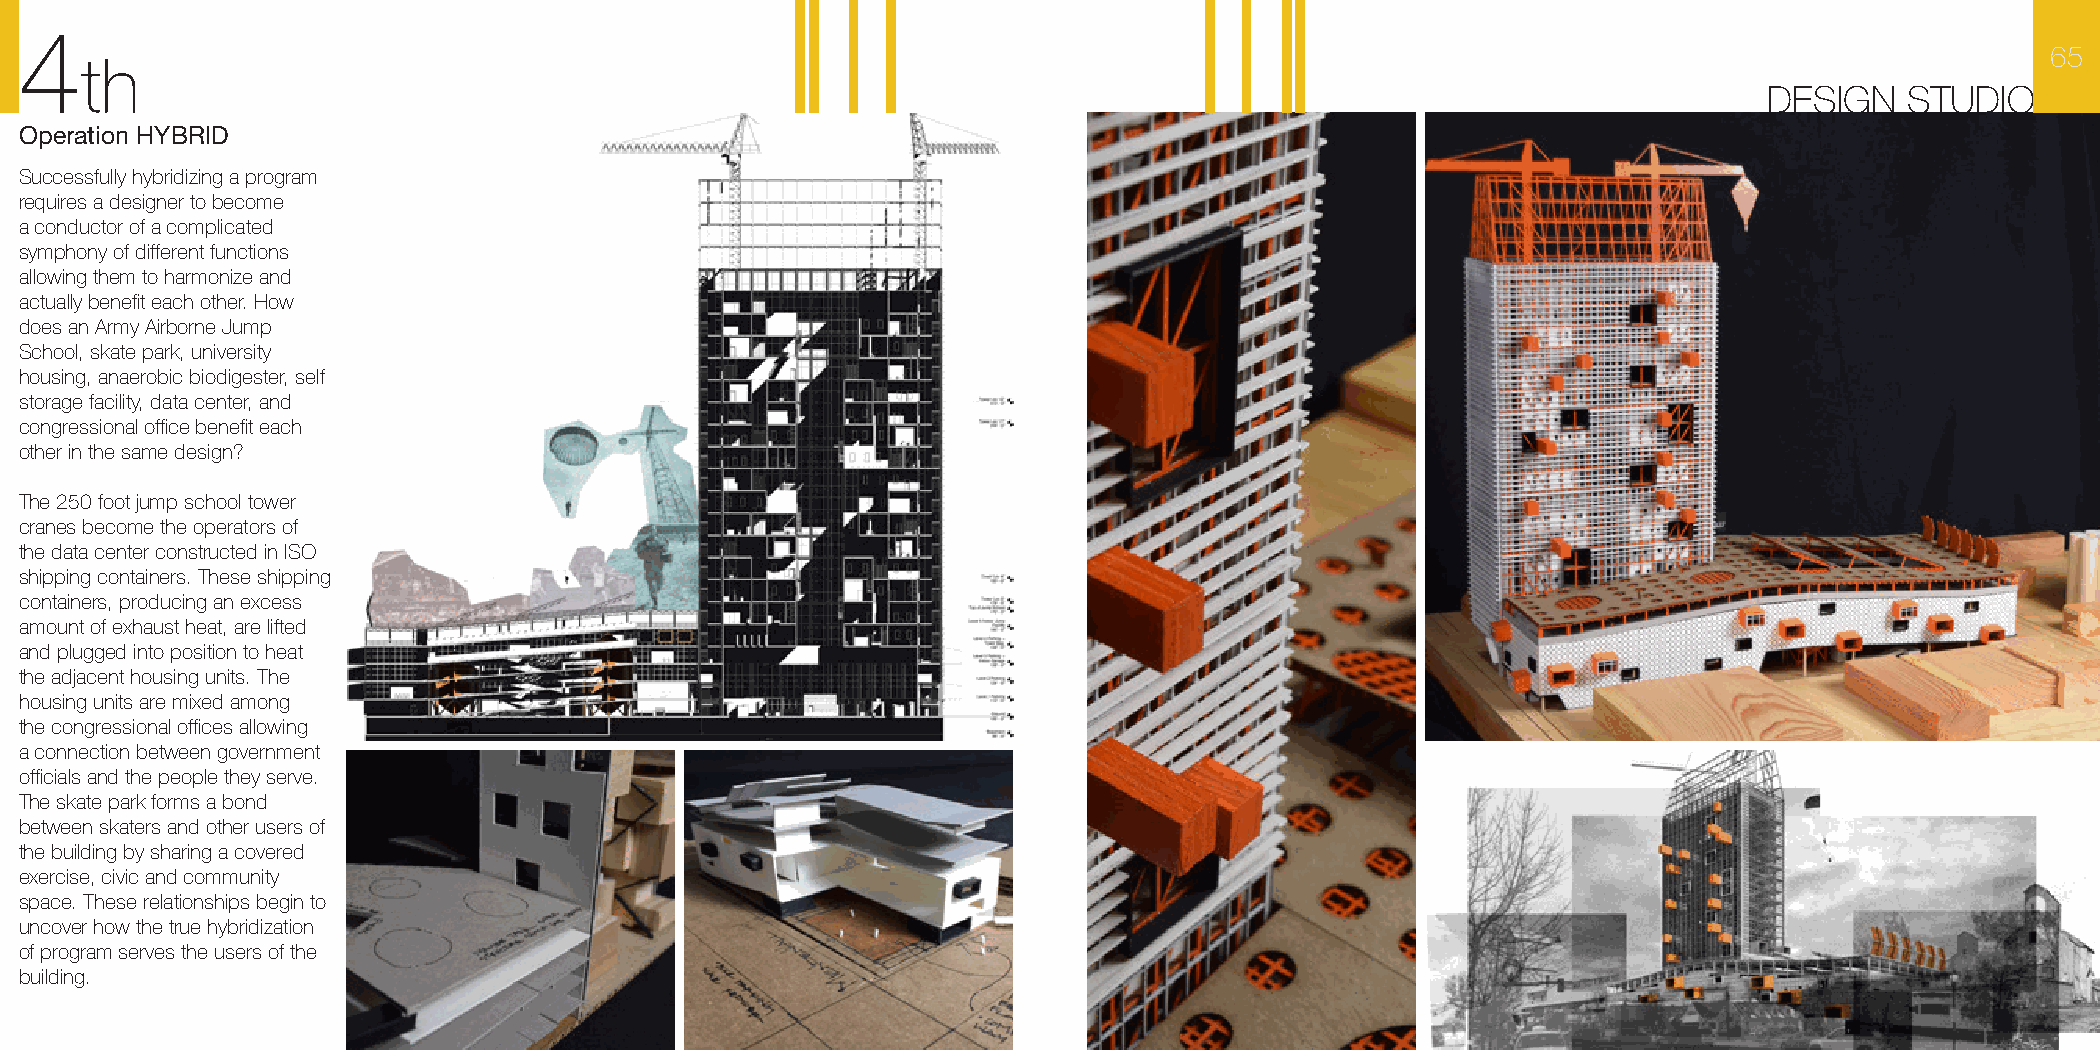
4
 65
 th
 DESIGN   STUDIO
 Operation HYBRID
 Successfully hybridizing a program
 requires a designer to become
 a conductor of a complicated
 symphony of different functions
 allowing them to harmonize and
 actually benefit each other. How
 does an Army Airborne Jump
 School, skate park, university
 housing, anaerobic biodigester, self
 storage facility, data center, and
 congressional office benefit each
 other in the same design?
 The 250 foot jump school tower
 cranes become the operators of
 the data center constructed in ISO
 shipping containers. These shipping
 containers, producing an excess
 amount of exhaust heat, are lifted
 and plugged into position to heat
 the adjacent housing units. The
 housing units are mixed among
 the congressional offices allowing
 a connection between government
 officials and the people they serve.
 The skate park forms a bond
 between skaters and other users of
 the building by sharing a covered
 exercise, civic and community
 space. These relationships begin to
 uncover how the true hybridization
 of program serves the users of the
 building.